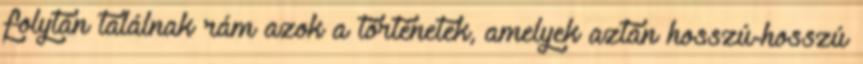
folytán találnak rám azok a történetek, amelyek aztán hosszú-hosszú